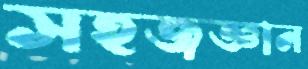
সহজজ্ঞান